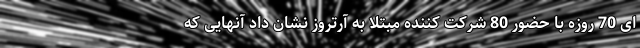
ای 70 روزه با حضور 80 شرکت کننده مبتلا به آرتروز نشان داد آنهایی که